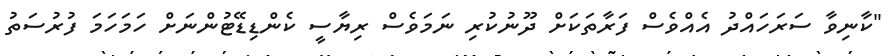
"ކާނިވާ ސަރަހައްދު އެއްވެސް ފަރާތަކަށް ދޫނުކުރި ނަމަވެސް ރިޔާސީ ކެންޑިޑޭޓުންނަށް ހަމަހަމަ ފުރުސަތު